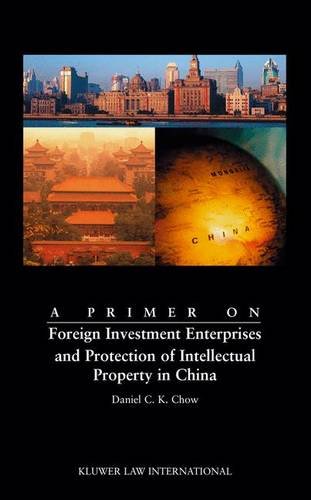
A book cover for A Primer on Foreign Investment Enterprises and Protection of Intellectual Property in China; Daniel C.K. Chow; Business & Money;